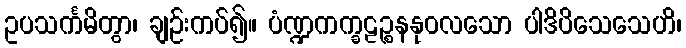
ဥပသင်္ကမိတွာ၊ ချဉ်းကပ်၍။ ပံဏ္ဍကက္ခဠဉ္စနနုဝလသော ပါဒိပိသေသေဟိ၊